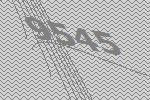
9545